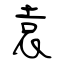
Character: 袁